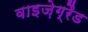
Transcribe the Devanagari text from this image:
वाइज़ेग्रैड